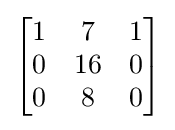
{\begin{bmatrix}1&7&1\\0&16&0\\0&8&0\end{bmatrix}}